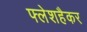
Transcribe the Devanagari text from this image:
फ्लेशहैकर